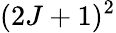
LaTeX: (2J+1)^{2}